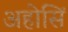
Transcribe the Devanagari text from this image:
अहोसिं